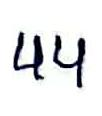
44